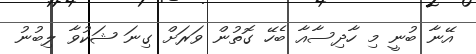
އޭނާ ބުނީ މި ހާދިސާއާ ބެހޭ ގޮތުން ވަރަށް ގިނަ ޝަކުވާ ލިބުނު